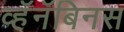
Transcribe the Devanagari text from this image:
व्हॅनॅबिनस